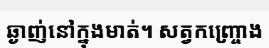
ឆ្ងាញ់នៅក្នុងមាត់។ សត្វកញ្ច្រោង